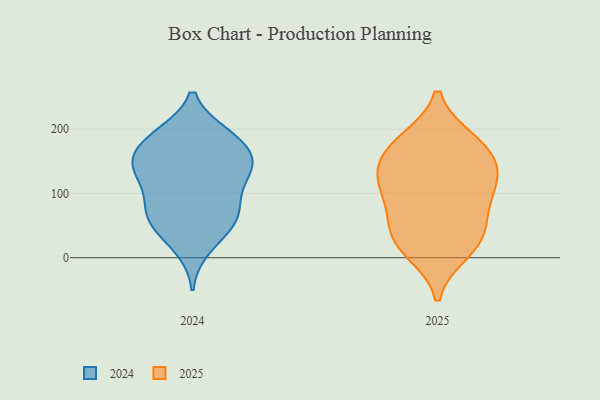
{"axis": {"x": "Humidity (%)", "y": "Value"}, "legend": ["2024", "2025"], "data": [{"x": "", "y": 177, "type": "2025"}, {"x": "", "y": 129, "type": "2025"}, {"x": "", "y": 23, "type": "2025"}, {"x": "", "y": 10, "type": "2025"}, {"x": "", "y": 81, "type": "2025"}, {"x": "", "y": 170, "type": "2025"}, {"x": "", "y": 113, "type": "2025"}, {"x": "", "y": 127, "type": "2025"}, {"x": "", "y": 33, "type": "2025"}, {"x": "", "y": 86, "type": "2025"}, {"x": "", "y": 42, "type": "2025"}, {"x": "", "y": 143, "type": "2025"}, {"x": "", "y": 182, "type": "2025"}, {"x": "", "y": 57, "type": "2024"}, {"x": "", "y": 182, "type": "2024"}, {"x": "", "y": 138, "type": "2024"}, {"x": "", "y": 81, "type": "2024"}, {"x": "", "y": 156, "type": "2024"}, {"x": "", "y": 71, "type": "2024"}, {"x": "", "y": 150, "type": "2024"}, {"x": "", "y": 192, "type": "2024"}, {"x": "", "y": 192, "type": "2024"}, {"x": "", "y": 15, "type": "2024"}, {"x": "", "y": 117, "type": "2024"}, {"x": "", "y": 148, "type": "2024"}, {"x": "", "y": 39, "type": "2024"}, {"x": "", "y": 56, "type": "2024"}, {"x": "", "y": 136, "type": "2024"}, {"x": "", "y": 106, "type": "2024"}, {"x": "", "y": 146, "type": "2024"}, {"x": "", "y": 188, "type": "2024"}, {"x": "", "y": 71, "type": "2024"}]}